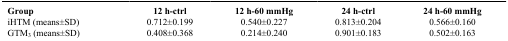
| Group | 12 h-ctrl | 12 h-60 mmHg | 24 h-ctrl | 24 h-60 mmHg |
 | --- | --- | --- | --- | --- |
 | iHTM (means±SD) | 0.712±0.199 | 0.540±0.227 | 0.813±0.204 | 0.566±0.160 |
 | GTM3 (means±SD) | 0.408±0.368 | 0.214±0.240 | 0.901±0.183 | 0.502±0.163 |